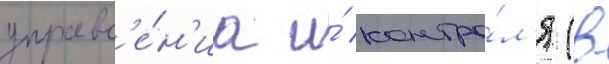
управл'е́н'иа и́ контро́л'я (в